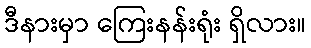
ဒီနားမှာ ကြေးနန်းရုံး ရှိလား။